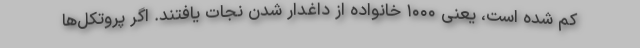
کم شده است، یعنی ۱۰۰۰ خانواده از داغدار شدن نجات یافتند. اگر پروتکل‌ها